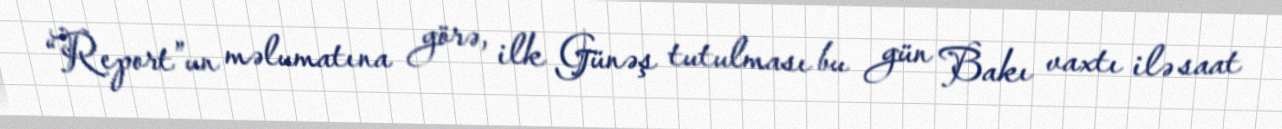
“Report”un məlumatına görə, ilk Günəş tutulması bu gün Bakı vaxtı ilə saat